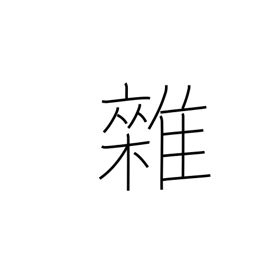
Meaning: mixed